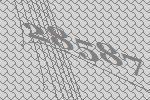
28587